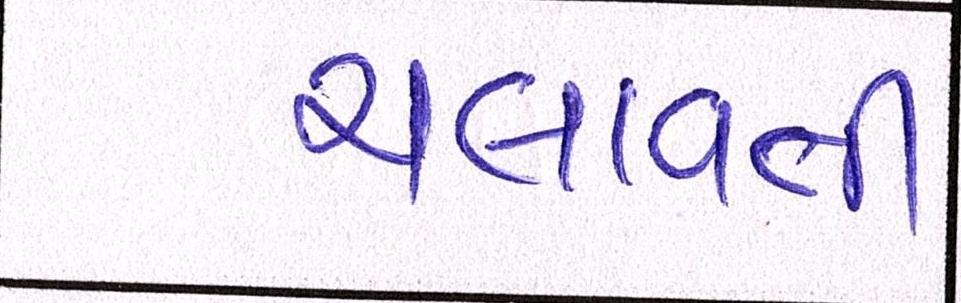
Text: ચલાવતી